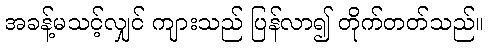
အခန့်မသင့်လျှင် ကျားသည် ပြန်လာ၍ တိုက်တတ်သည်။